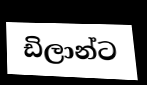
ඩිලාන්ට